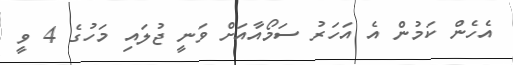
އެހެން ކަމުން އެ އަހަރު ސަމޯއާއަށް ވަނީ ޖުލައި މަހުގެ 4 ވީ